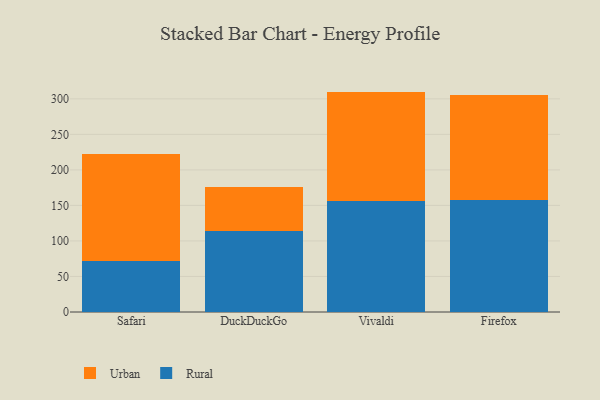
{"axis": {"x": "Browser", "y": "Net Income (USD K)"}, "legend": ["Rural", "Urban"], "data": [{"x": "Safari", "y": 72.2, "type": "Rural"}, {"x": "Safari", "y": 149.8, "type": "Urban"}, {"x": "DuckDuckGo", "y": 114.6, "type": "Rural"}, {"x": "DuckDuckGo", "y": 61.4, "type": "Urban"}, {"x": "Vivaldi", "y": 156.9, "type": "Rural"}, {"x": "Vivaldi", "y": 153.3, "type": "Urban"}, {"x": "Firefox", "y": 157.0, "type": "Rural"}, {"x": "Firefox", "y": 147.8, "type": "Urban"}]}